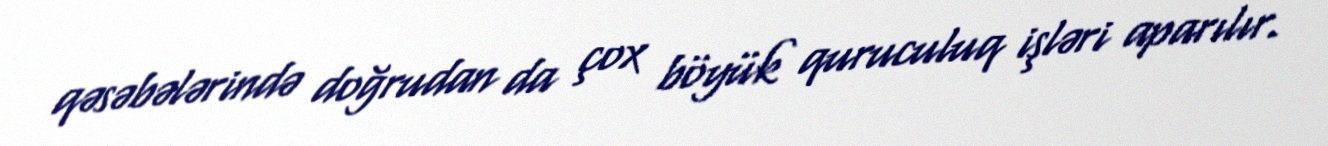
qəsəbələrində doğrudan da çox böyük quruculuq işləri aparılır.